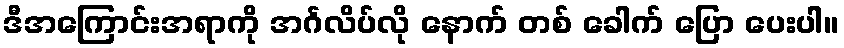
ဒီအကြောင်းအရာကို အင်္ဂလိပ်လို နောက် တစ် ခေါက် ပြော ပေးပါ။